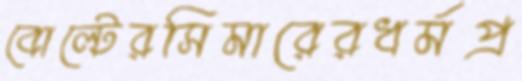
বোল্টেরসিমারেরধর্মপ্র